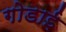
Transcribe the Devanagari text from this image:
गोडाई